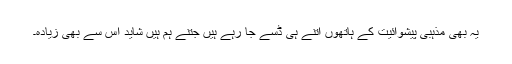
یہ بھی مذہبی پیشوائیت کے ہاتھوں اتنے ہی ڈسے جا رہے ہیں جتنے ہم ہیں شاید اس سے بھی زیادہ۔